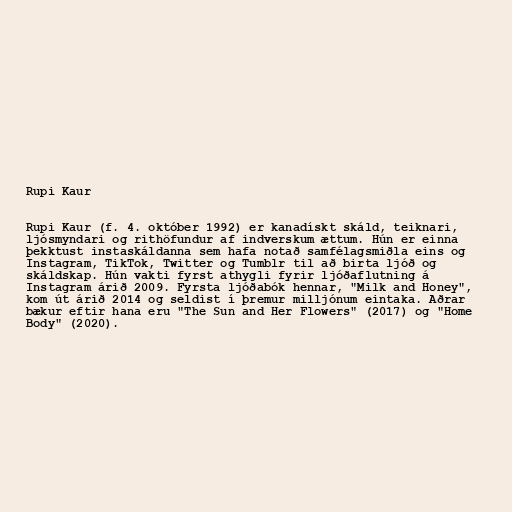
Rupi Kaur

Rupi Kaur (f. 4. október 1992) er kanadískt skáld, teiknari,
ljósmyndari og rithöfundur af indverskum ættum. Hún er einna
þekktust instaskáldanna sem hafa notað samfélagsmiðla eins og
Instagram, TikTok, Twitter og Tumblr til að birta ljóð og
skáldskap. Hún vakti fyrst athygli fyrir ljóðaflutning á
Instagram árið 2009. Fyrsta ljóðabók hennar, "Milk and Honey",
kom út árið 2014 og seldist í þremur milljónum eintaka. Aðrar
bækur eftir hana eru "The Sun and Her Flowers" (2017) og "Home
Body" (2020).